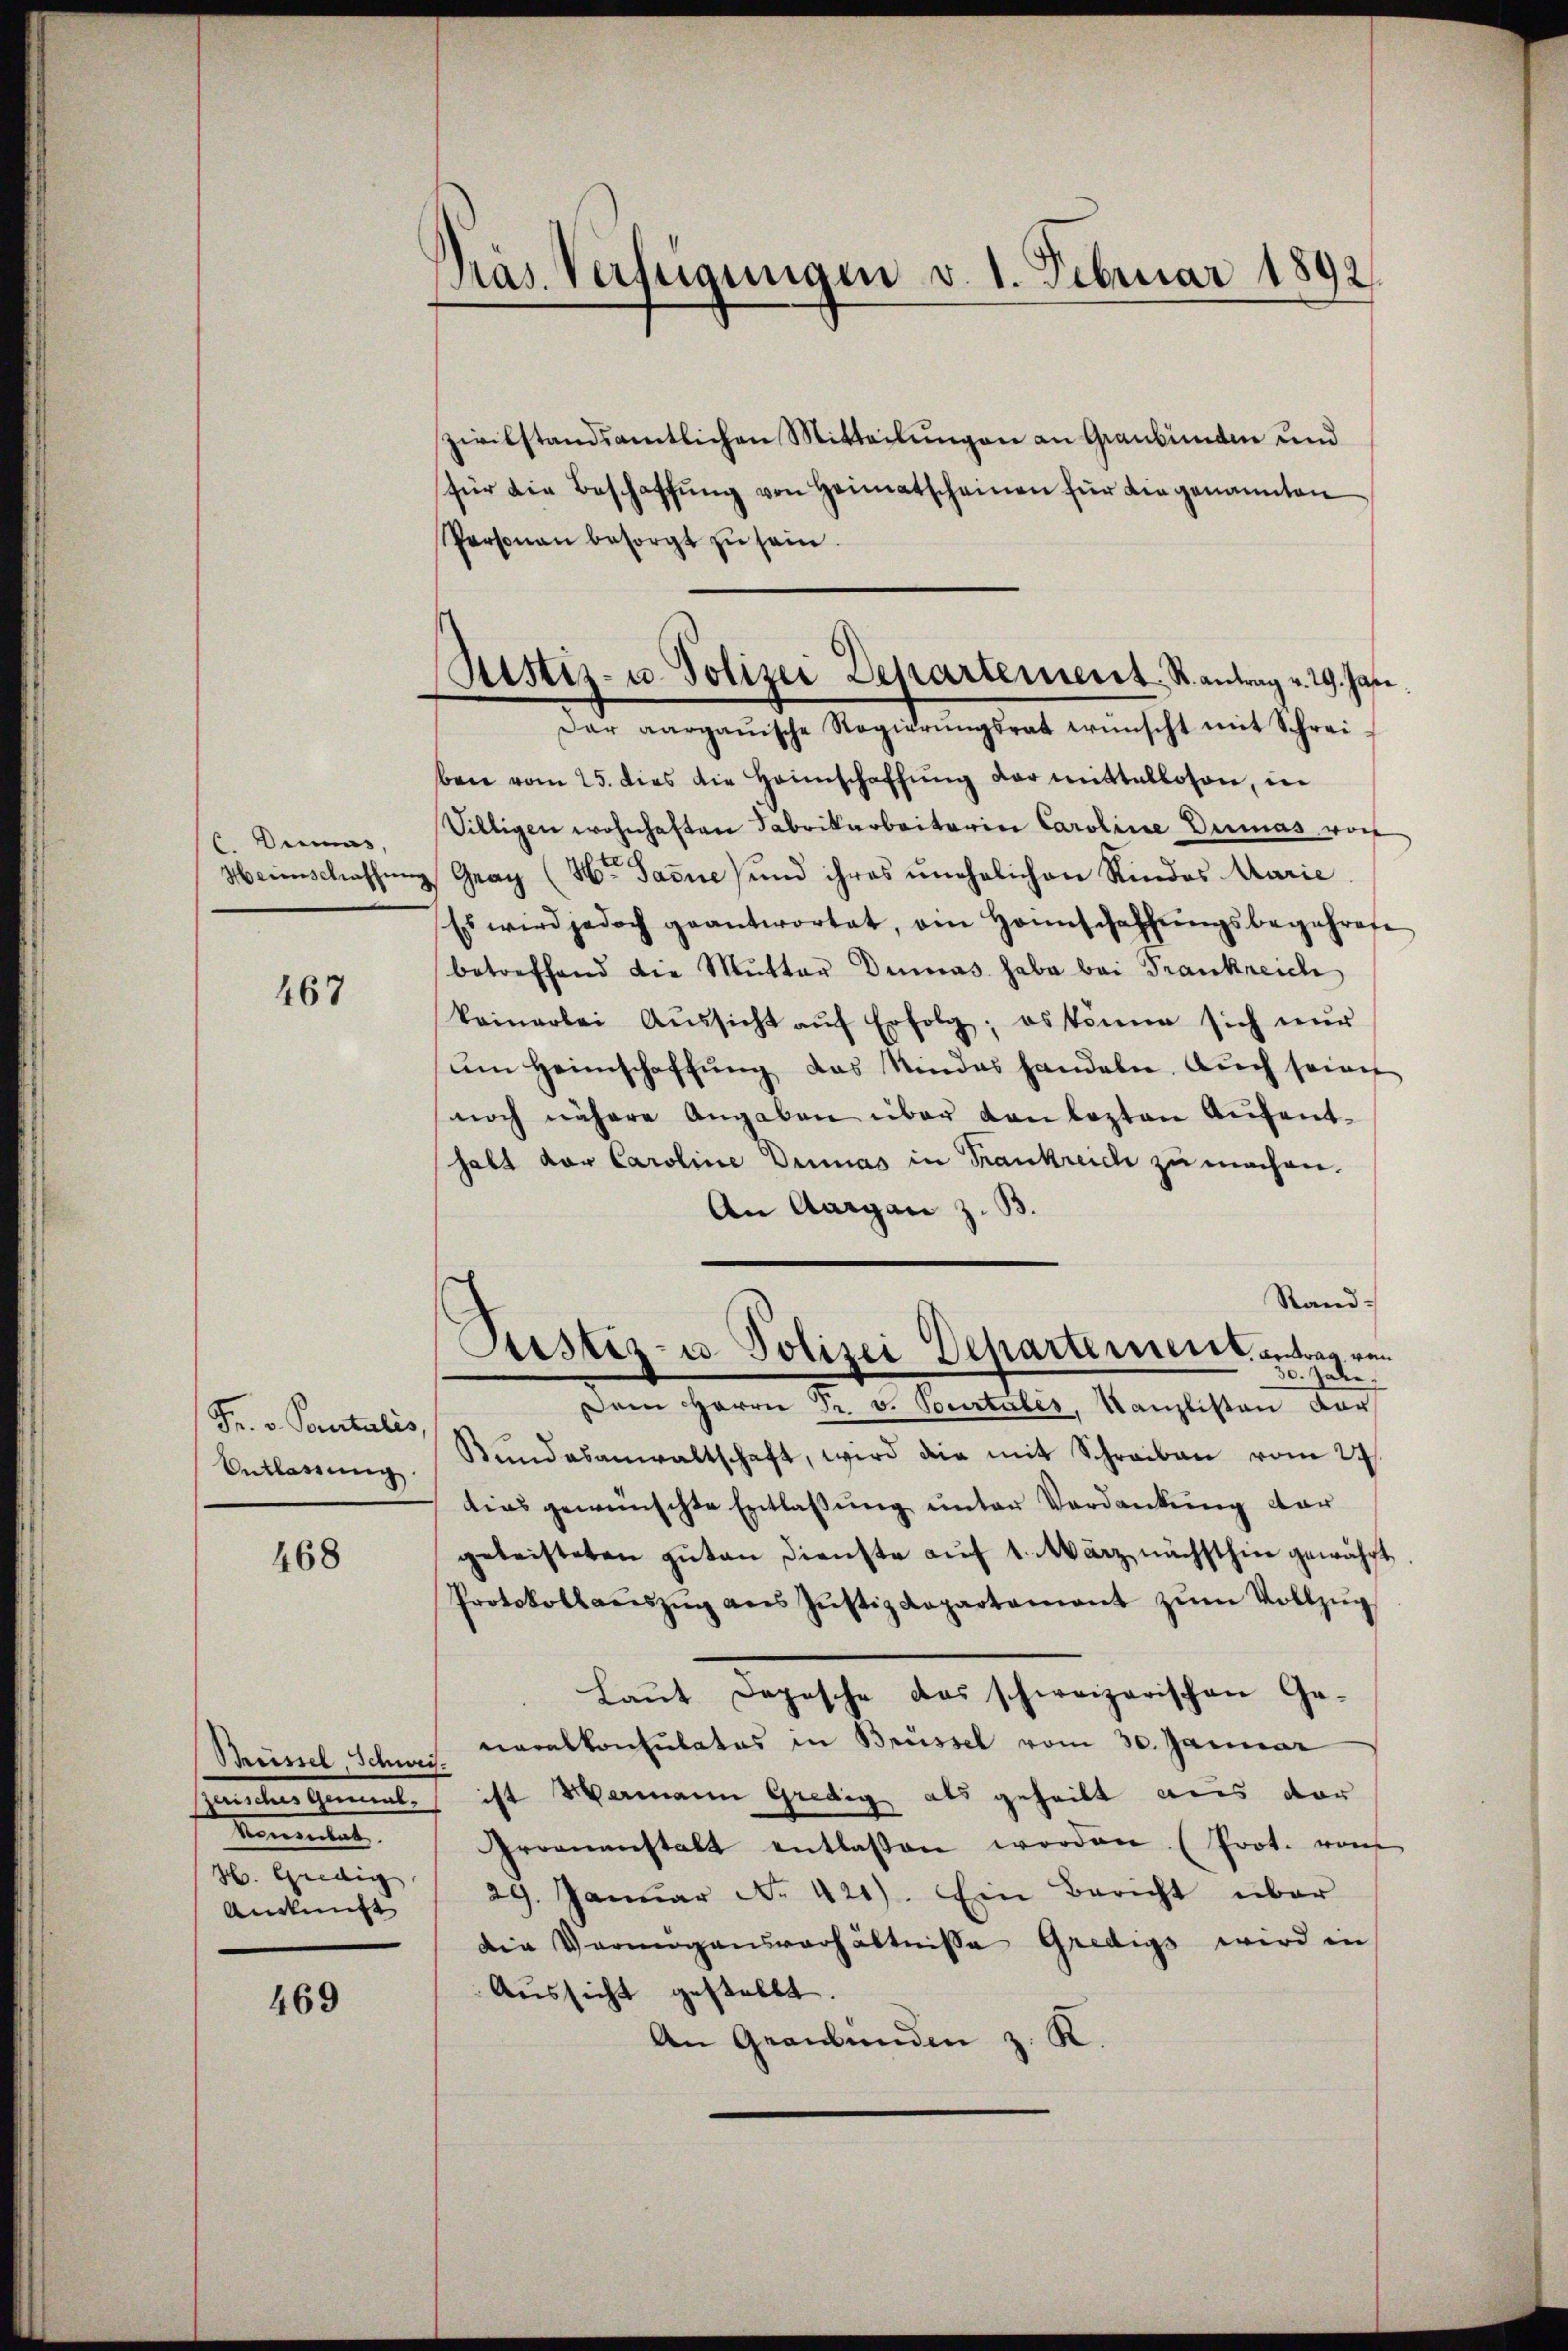
C. Diens,

467

Fr. v. Pontalis,
Anklassung

468

Thiinel, Schwei¬
 der Gemeinde
Komentat
H. Gnedig
Auskunft

469

Präs. Verfügungen v. 1. Februar 1892.

Rustiz- u. Polizei Departement St. Antrag v. 29. Jasi

zivilstandsamtlichen Mitteilungen an Graubünden und
für die Beschaffŭng von Heimatscheinen für Liegenannten
Personau besorgt zŭ sein.
Dar aargauische Regierŭngsrat wünscht mit Schreiben vom 25. dies die Heimschaffŭng darmittellosen, in
Viltigen wohnhaften Fabrikarbeiterin Caroline Dumas von
Meinschaffung Graz (Hr. Janne) und ihres unehelichen Rindes Marie
Es wird jedoch geantwortet, am Heimschaffŭngsbegehrese
betreffend die Mutter Dumas habe bei Frankreich
koinarbei Aŭssicht aŭf Erfolg; es könne sich nŭr
um Heimschaffung das Kindes handeln. Auch seines
noch nähere Angaben über Kanlezten Aŭfent-
halt der Caroline Drinas in Frankreich zu machen.
An Aargau z. B.
Stand-
Pustiz- u Polizei Departement antrag von
30. Juli.
Dem Herrn Pr. v. Pourtales, Kanzlisten dar
Bundesanwaltschaft, wird die mit Schreiben vom 24.
tias gewünschte Entlassung unter Verdankung dar
geleisteten guten Dienste auf 1. März nächsthin gewährt
Protokollaŭszŭg ans Jŭstizdepartamant zŭm Vollzŭg
Laut Depesche das schweizerischen Ge-
neralkonsulatos in Brüssel vom 30. Januar
ist Mamann Gredig als geheilt aus der
Groenanstalt entlassen worden (Prot. vom
29. Janŭar No. 420). Ein Bericht über
die Vermögensverhältnisse Gredigs wird in
Aŭssicht gestellt.
An Graubünden z. R.